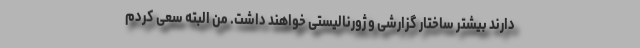
دارند بیشتر ساختار گزارشی و ژورنالیستی خواهند داشت. من البته سعی کردم